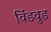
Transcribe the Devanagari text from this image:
विंडवुड